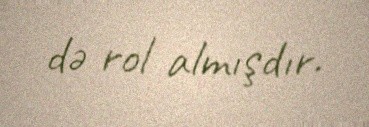
də rol almışdır.